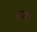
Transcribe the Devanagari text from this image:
अम।